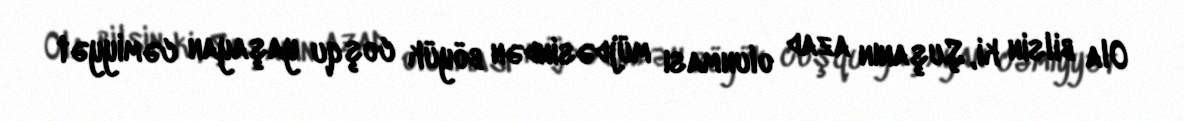
Ola bilsin ki, Şuşanın azad olunması müjdəsindən böyük coşqu yaşayan cəmiyyət